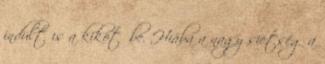
indult is a kikötőbe. Hiába a nagy sietség a